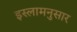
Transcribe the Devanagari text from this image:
इस्लामनुसार